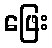
ဖြေး